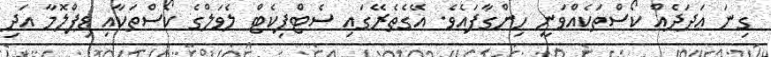
ގިނަ ޢަދަދެއް ކޯސްތަކެއްވަނީ ހިންގާފައެެވެ. އޭގެތެރޭގައި ސެޓްފިކެޓް ލެވަލްގެ ކޯސްތަކާއި ޑިޕްލޮމާ އަދި